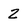
Character: 2